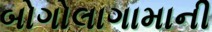
બોગોલાગામાની